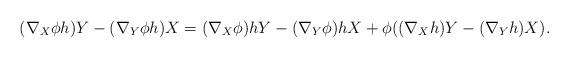
LaTeX: \begin{align*}(\nabla _{X}\phi h)Y-(\nabla _{Y}\phi h)X=(\nabla _{X}\phi )hY-(\nabla_{Y}\phi )hX+\phi ((\nabla _{X}h)Y-(\nabla _{Y}h)X). \end{align*}